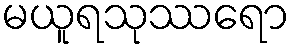
မယူရသုဿရော